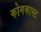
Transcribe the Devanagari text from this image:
कोमकास्ट